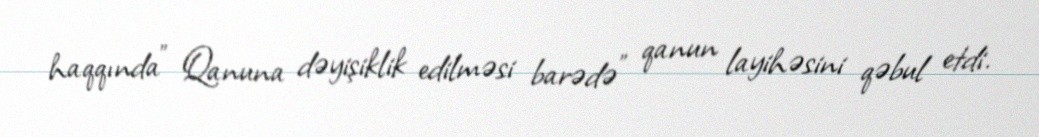
haqqında” Qanuna dəyişiklik edilməsi barədə" qanun layihəsini qəbul etdi.